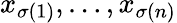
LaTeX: x_{\sigma(1)},\ldots,x_{\sigma(n)}